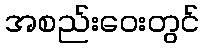
အစည်းဝေးတွင်